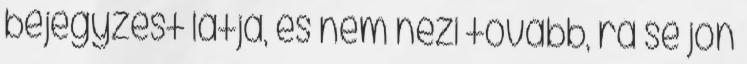
bejegyzést látja, és nem nézi tovább, rá se jön